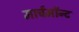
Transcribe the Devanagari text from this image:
मार्चमाॅन्ट